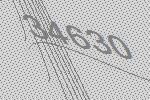
34630